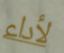
لأداء